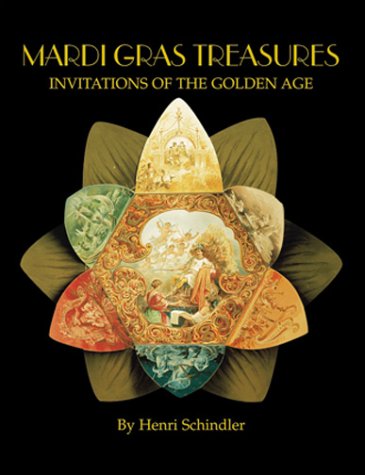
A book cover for Mardi Gras Treasures: Invitations of the Golden Age (Vol 1); Henri Schindler; Crafts, Hobbies & Home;